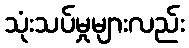
သုံးသပ်မှုများလည်း